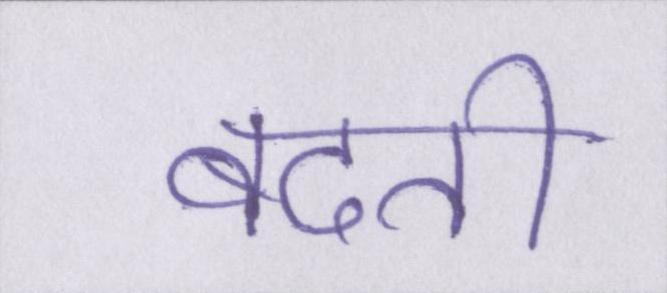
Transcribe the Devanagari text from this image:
बदती